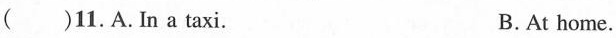
( )11.A. In a taxi. B.At home.